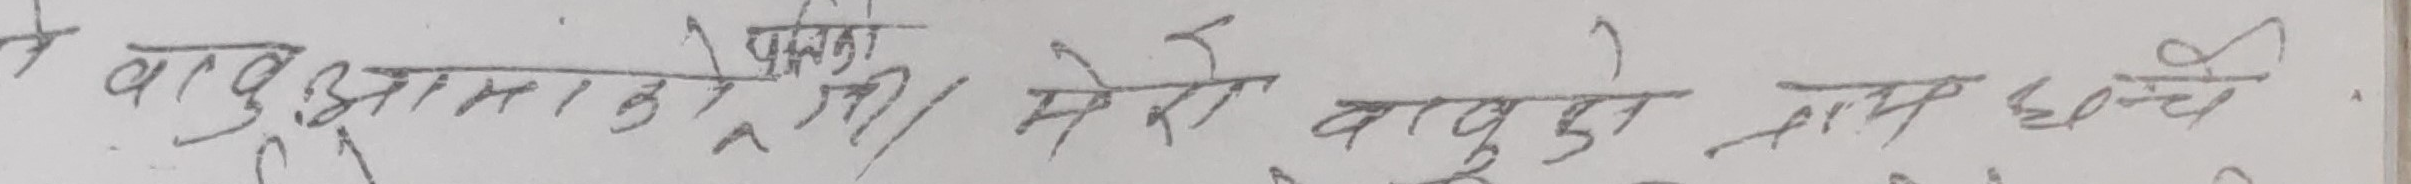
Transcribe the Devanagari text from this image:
के बाबु आमाको छोरी / मेरो बाबुको नाम छन्दै